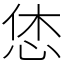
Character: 恷